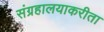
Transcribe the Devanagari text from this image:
संग्रहालयाकरीता